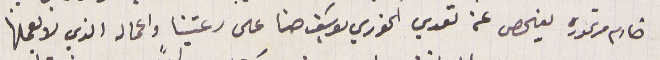
خادم مرتموره يفحص عن تعدي الخوري يوسَف حنا على رعيتنا واعماله الذي لا نعملها